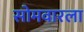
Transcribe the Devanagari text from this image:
सोमवारला